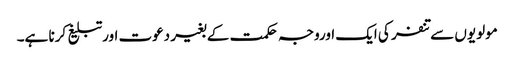
مولویوں سے تنفر کی ایک اوروجہ حکمت کے بغیر دعوت اورتبلیغ کرنا ہے۔